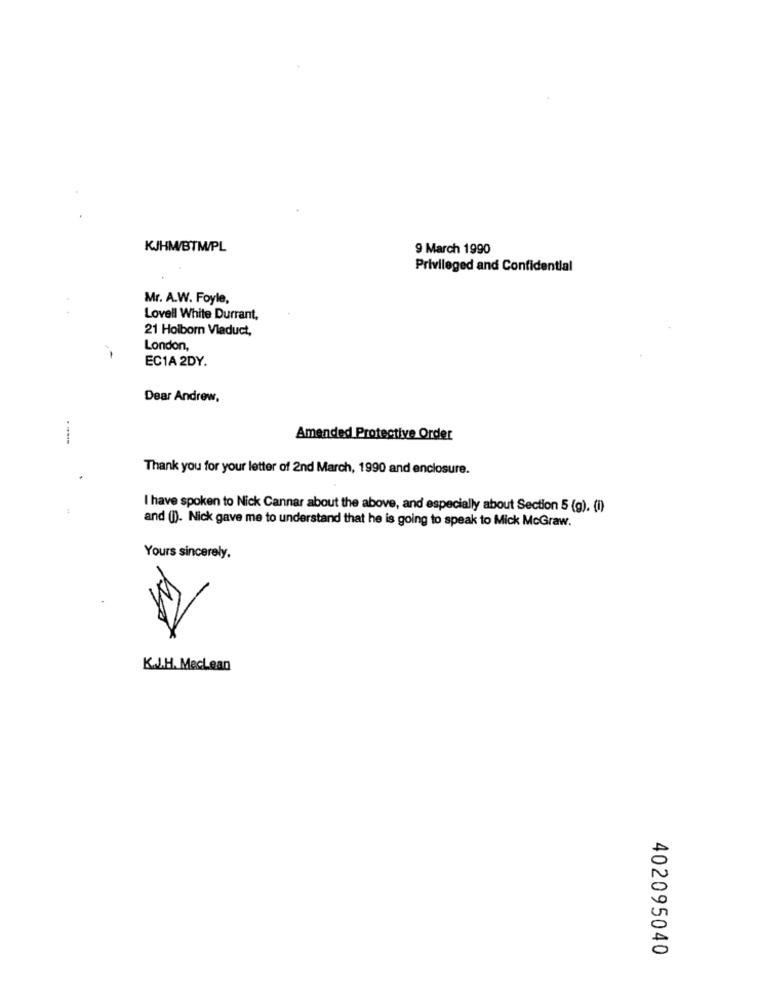
KJHM/BTM/PL
9 March 1990
Privileged and Confidential
Mr. A.W. Foyle,
Lovell White Durrant,
21 Holborn Viaduct,
London,
EC1A 2DY.
Dear Andrew,
Amended Protective Order
Thank you for your letter of 2nd March, 1990 and enclosure.
I have spoken to Nick Cannar about the above, and especially about Section 5 (g). (i)
and (i). Nick gave me to understand that he is going to speak to Mick McGraw.
Yours sincerely.
K.J.H. MecLean
402095040